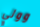
وولي